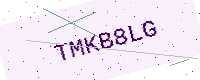
Text: TMKB8LG